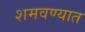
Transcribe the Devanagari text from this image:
शमवण्यात